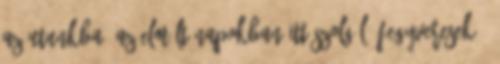
az utunkba, az elmúlt napokban itt szolgáló fegyveresek –